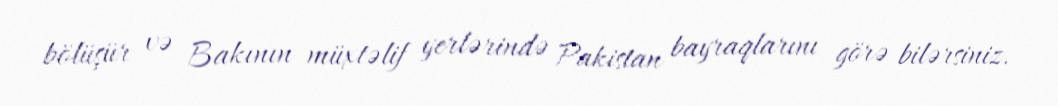
bölüşür və Bakının müxtəlif yerlərində Pakistan bayraqlarını görə bilərsiniz.